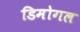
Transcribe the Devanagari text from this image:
डिमोगल